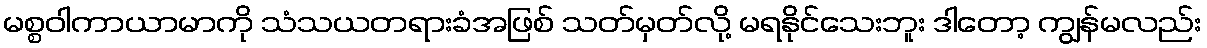
မစ္စဝါကာယာမာကို သံသယတရားခံအဖြစ် သတ်မှတ်လို့ မရနိုင်သေးဘူး ဒါတော့ ကျွန်မလည်း